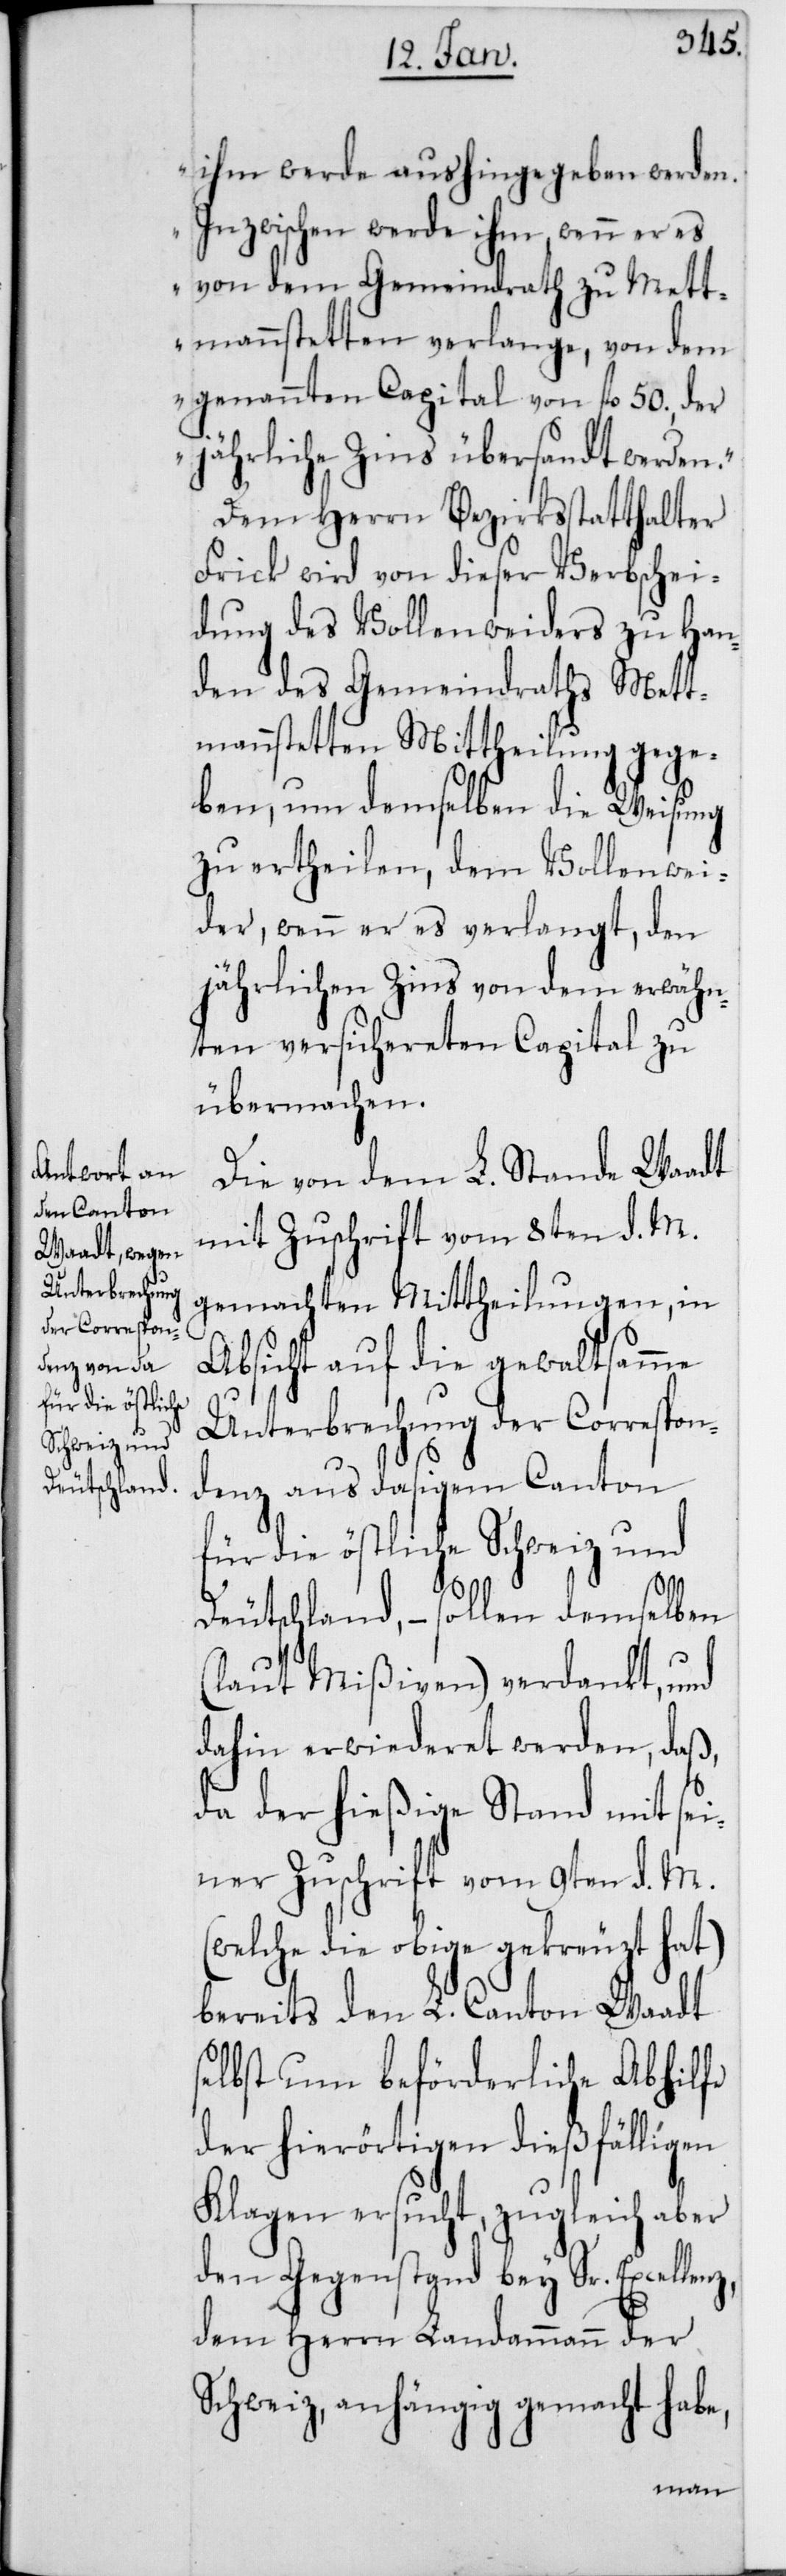
nz,
ihm werde aushingegeben werden.
Inzwischen werde ihm, wenn er es
von dem Gemeindrath zu Mett¬
emannstetten verlange, von dem
genannten Capital von fl. 50., der
jährliche Zins übersandt werden.“
Dem Herrn Bezirksstatthalter
Frick wird von dieser Verbschei¬
dung des Vollenweiders zu Han¬
den des Gemeindraths Mett¬
mannstetten Mittheilung gege¬
ben, und demselben die Weisung
zu ertheilen, dem Vollenwei¬
der, wenn er es verlangt, den
jährlichen Zins von dem erwähn¬
ten versichereten Capital zu
übermachen.
Die von dem L. Stande Waadt
mit Zuschrift vom 8ten d. M.
gemachten Mittheilungen, in
Absicht auf die gewaltsamme
Unterbrechung des Correspon¬
denz aus dasigem Canton
für die östliche Schweiz und
Deutschland, – sollen demselben
(laut Mißiven) verdankt, und
dahin erwiederet werden, daß,
da der hießige Stand mit sei¬
ner Zuschrift vom 9ten d. M. (w¬
elche die obige gekreuzt hat)
bereits den L. Canton Waadt
selbst um beförderliche Abhilfe
der hierörtigen dießfälligen
Klagen ersucht, zugleich aber
den Gegenstand bey Sr. Excelle¬
dem Herrn Landammann der
Schweiz, anhängig gemacht habe,